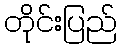
တိုင်းပြည်